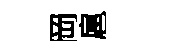
岡扈